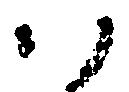
ハ